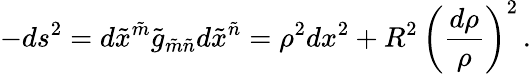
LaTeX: -ds^{2}=d\tilde{x}^{\tilde{m}}\tilde{g}_{\tilde{m}\tilde{n}}d\tilde{x}^{\tilde{n}}=\rho^{2}dx^{2}+R^{2}\, \left(\frac{d\rho}\rho\right)^{2}\, .